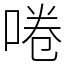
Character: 啳